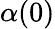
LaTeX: \alpha(0)